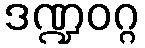
ဒဏ္ဍဝဂ္ဂ